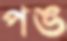
পঙ